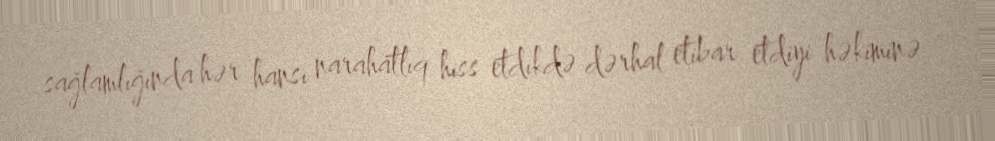
sağlamlığında hər hansı narahatlıq hiss etdikdə dərhal etibar etdiyi həkiminə